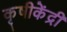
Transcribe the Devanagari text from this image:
कृषीकेंद्री